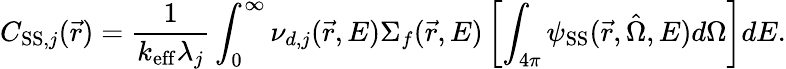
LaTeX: C_{\mathrm{SS},j}(\vec{r})=\frac{1}{k_{\mathrm{eff}}\lambda_{j}}\int_{0}^{\infty}{\nu_{d,j}(\vec{r},E)\Sigma_{f}(\vec{r},E)\left[\int_{4\pi}\psi_{\mathrm{SS}}(\vec{r},\hat{\Omega},E)d\Omega\right]dE}.